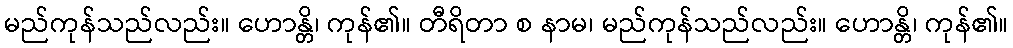
မည်ကုန်သည်လည်း။ ဟောန္တိ၊ ကုန်၏။ တီရိတာ စ နာမ၊ မည်ကုန်သည်လည်း။ ဟောန္တိ၊ ကုန်၏။